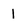
Character: l